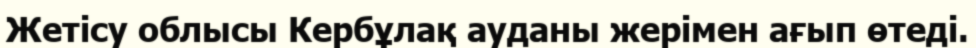
Жетісу облысы Кербұлақ ауданы жерімен ағып өтеді.